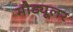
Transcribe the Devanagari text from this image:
मौड्यूलर